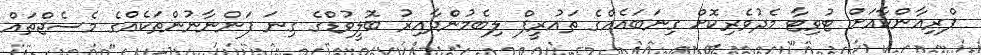
ޕްރިއާންކާއަށް ޓުވިޓާ މެދުވެރިކޮށް ގިނަބައެއްގެ ތައުރީފް ލިބެމުންދާއިރު ބޮލީވުޑްގެ ގިނަ ފަންނާނުންތަކެއްގެ މެސެޖްތައް